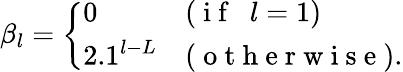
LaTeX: \beta_{l}=\left\{ \begin{array}{ll}{0}&{(\mathrm{~i~f~\ \ }l=1)}\\ {2.1^{l-L}}&{(\mathrm{~o~t~h~e~r~w~i~s~e~}).}\end{array}\right.